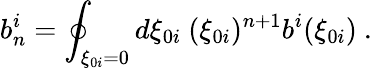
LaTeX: b_{n}^{i}=\oint_{\xi_{0i}=0}d\xi_{0i}\ (\xi_{0i})^{n+1}b^{i}(\xi_{0i})\ .